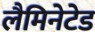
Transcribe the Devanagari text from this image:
लैमिनेटेड